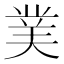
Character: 菐